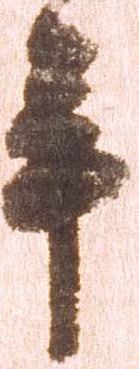
年